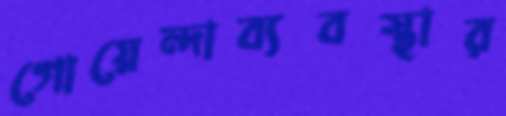
গোয়েন্দাব্যবস্থার